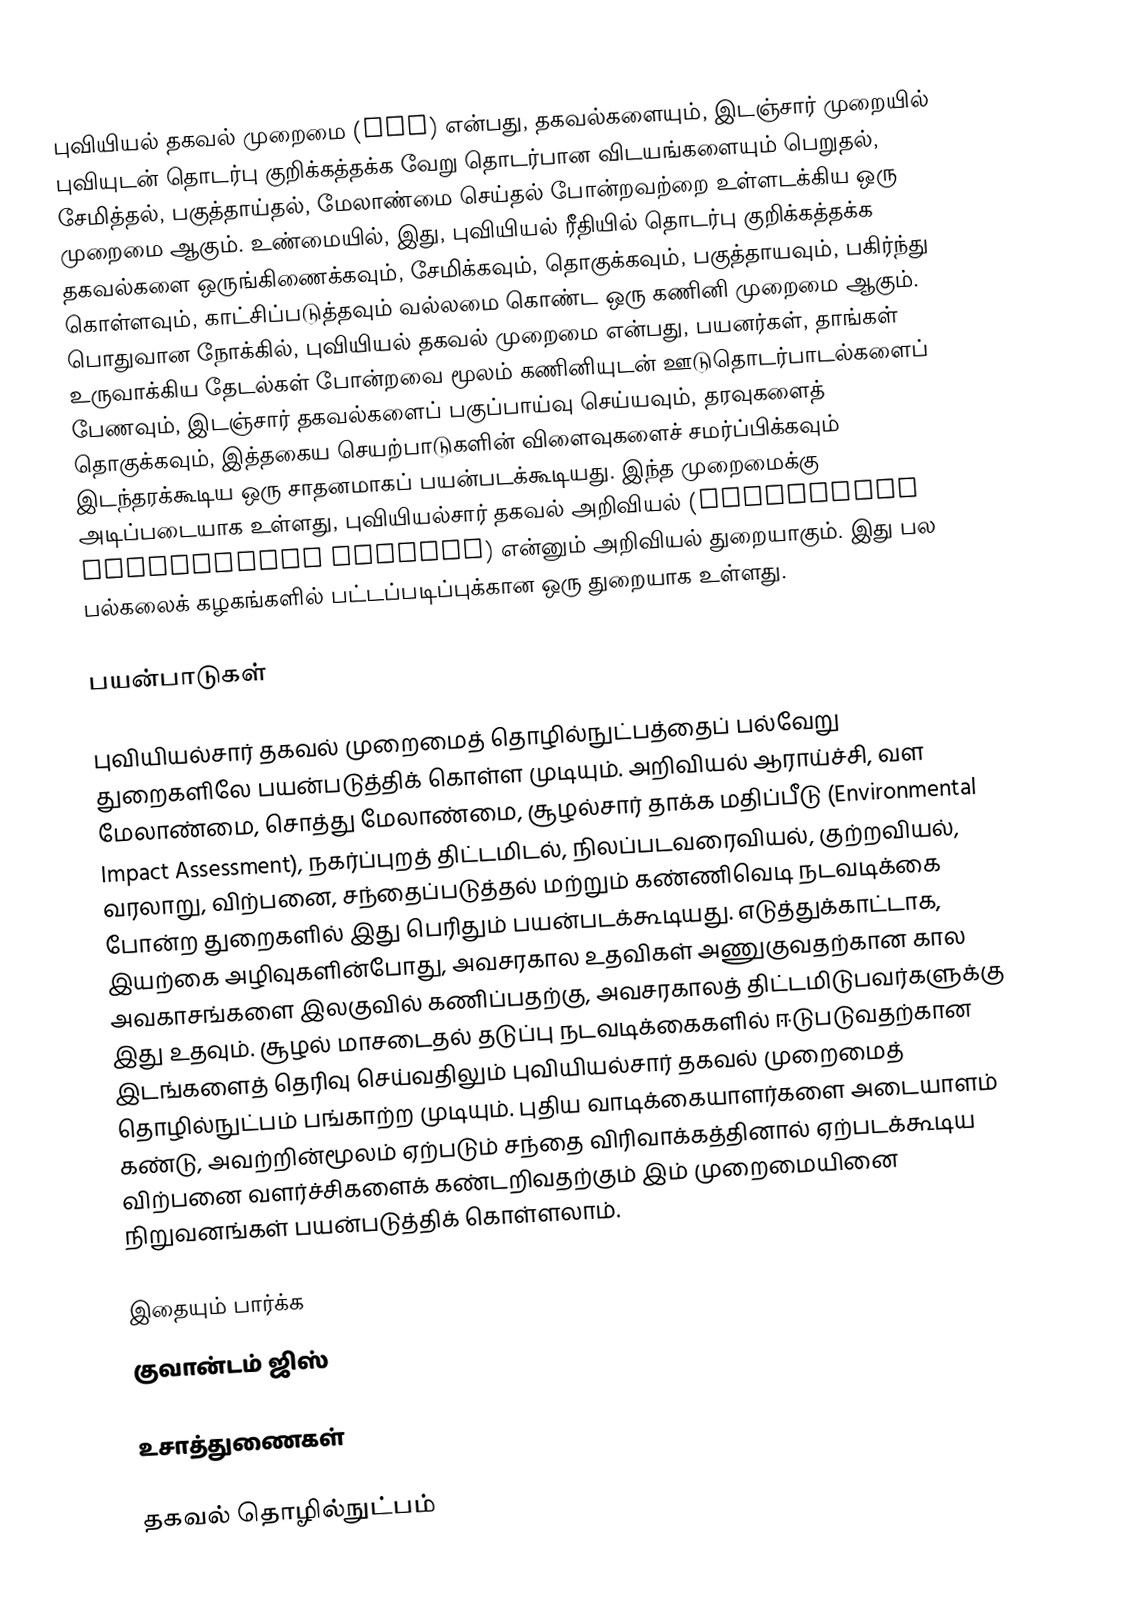
புவியியல் தகவல் முறைமை (GIS) என்பது, தகவல்களையும், இடஞ்சார் முறையில் புவியுடன் தொடர்பு குறிக்கத்தக்க வேறு தொடர்பான விடயங்களையும் பெறுதல், சேமித்தல், பகுத்தாய்தல், மேலாண்மை செய்தல் போன்றவற்றை உள்ளடக்கிய ஒரு முறைமை ஆகும். உண்மையில், இது, புவியியல் ரீதியில் தொடர்பு குறிக்கத்தக்க தகவல்களை ஒருங்கிணைக்கவும், சேமிக்கவும், தொகுக்கவும், பகுத்தாயவும், பகிர்ந்து கொள்ளவும், காட்சிப்படுத்தவும் வல்லமை கொண்ட ஒரு கணினி முறைமை ஆகும். பொதுவான நோக்கில், புவியியல் தகவல் முறைமை என்பது, பயனர்கள், தாங்கள் உருவாக்கிய தேடல்கள் போன்றவை மூலம் கணினியுடன் ஊடுதொடர்பாடல்களைப் பேணவும், இடஞ்சார் தகவல்களைப் பகுப்பாய்வு செய்யவும், தரவுகளைத் தொகுக்கவும், இத்தகைய செயற்பாடுகளின் விளைவுகளைச் சமர்ப்பிக்கவும் இடந்தரக்கூடிய ஒரு சாதனமாகப் பயன்படக்கூடியது. இந்த முறைமைக்கு அடிப்படையாக உள்ளது, புவியியல்சார் தகவல் அறிவியல் (Geographic information science) என்னும் அறிவியல் துறையாகும். இது பல பல்கலைக் கழகங்களில் பட்டப்படிப்புக்கான ஒரு துறையாக உள்ளது.

பயன்பாடுகள்

புவியியல்சார் தகவல் முறைமைத் தொழில்நுட்பத்தைப் பல்வேறு துறைகளிலே பயன்படுத்திக் கொள்ள முடியும். அறிவியல் ஆராய்ச்சி, வள மேலாண்மை, சொத்து மேலாண்மை, சூழல்சார் தாக்க மதிப்பீடு (Environmental Impact Assessment), நகர்ப்புறத் திட்டமிடல், நிலப்படவரைவியல், குற்றவியல், வரலாறு, விற்பனை, சந்தைப்படுத்தல் மற்றும் கண்ணிவெடி நடவடிக்கை  போன்ற துறைகளில் இது பெரிதும் பயன்படக்கூடியது. எடுத்துக்காட்டாக, இயற்கை அழிவுகளின்போது, அவசரகால உதவிகள் அணுகுவதற்கான கால அவகாசங்களை இலகுவில் கணிப்பதற்கு, அவசரகாலத் திட்டமிடுபவர்களுக்கு இது உதவும். சூழல் மாசடைதல் தடுப்பு நடவடிக்கைகளில் ஈடுபடுவதற்கான இடங்களைத் தெரிவு செய்வதிலும் புவியியல்சார் தகவல் முறைமைத் தொழில்நுட்பம் பங்காற்ற முடியும். புதிய வாடிக்கையாளர்களை அடையாளம் கண்டு, அவற்றின்மூலம் ஏற்படும் சந்தை விரிவாக்கத்தினால் ஏற்படக்கூடிய விற்பனை வளர்ச்சிகளைக் கண்டறிவதற்கும் இம் முறைமையினை நிறுவனங்கள் பயன்படுத்திக் கொள்ளலாம்.

இதையும் பார்க்க
குவான்டம் ஜிஸ்

உசாத்துணைகள்

தகவல் தொழில்நுட்பம்